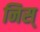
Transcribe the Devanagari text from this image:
निस्‌